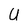
Character: U